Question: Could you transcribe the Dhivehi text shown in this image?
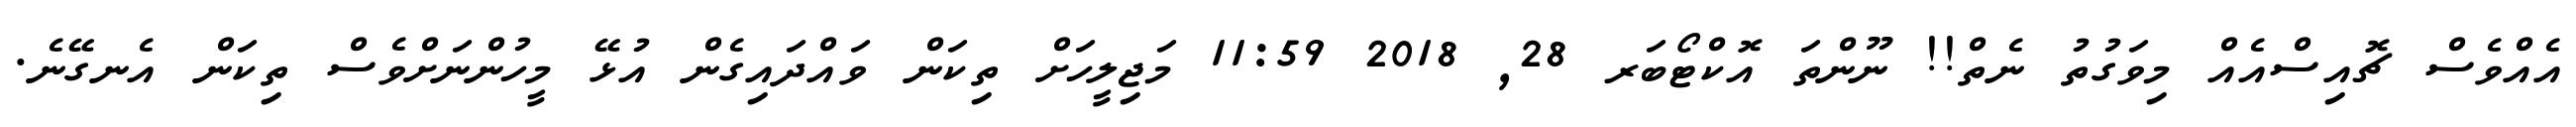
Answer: އެއްވެސް ޗޮއިސްއެއް މިވަގުތު ނެތް!! ނޫންތަ އޮކްޓޯބަރ 28, 2018 11:59 މަޖިލީހަށް ތިކަން ވައްދައިގެން އުޅޭ މީހުންނަށްވެސް ތިކަން އެނގޭނެ.